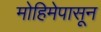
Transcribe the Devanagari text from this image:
मोहिमेपासून